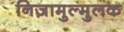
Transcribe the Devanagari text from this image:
निज़ामुल्मुलक